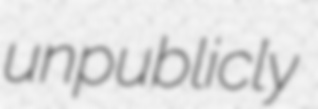
unpublicly